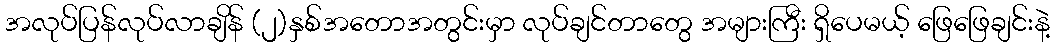
အလုပ်ပြန်လုပ်လာချိန် (၂)နှစ်အတောအတွင်းမှာ လုပ်ချင်တာတွေ အများကြီး ရှိပေမယ့် ဖြေဖြေချင်းနဲ့